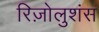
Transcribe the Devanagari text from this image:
रिज़ोलुशंस